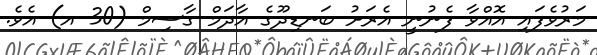
މަރުވެފައި އޮއްވާ ފެނުނީ އެރަށު ބަނޑިދޫގެ އާދަމް ގާސިމް (30 އ) އެވެ.